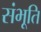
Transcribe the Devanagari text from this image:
संभूति